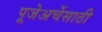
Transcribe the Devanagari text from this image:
पूजेअर्चेसाठी